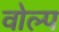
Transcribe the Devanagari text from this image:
वोल्प